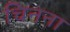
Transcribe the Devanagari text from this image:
चिनना